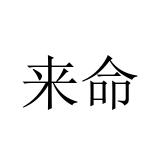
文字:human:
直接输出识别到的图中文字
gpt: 来命